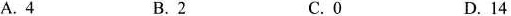
A.4 B.2 C.0 D.14